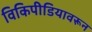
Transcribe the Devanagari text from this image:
विकिपीडियावरून